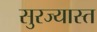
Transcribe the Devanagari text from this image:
सुरज्यास्त